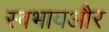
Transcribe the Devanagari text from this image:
स्वभावऔर